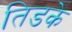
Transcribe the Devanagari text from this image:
तिडके